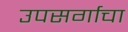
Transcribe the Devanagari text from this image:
उपसर्गाचा